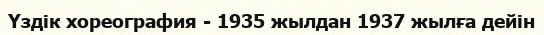
Үздік хореография - 1935 жылдан 1937 жылға дейін